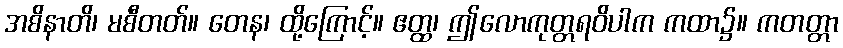
အစိနာတိ၊ မစီတတ်။ တေန၊ ထို့ကြောင့်။ ဧတ္ထ၊ ဤလောကုတ္တရဝိပါက ကထာ၌။ ကတတ္တာ